Report of the Indian Hemp Drugs Commission, 1894-1895 - Volume I
Year: 1894
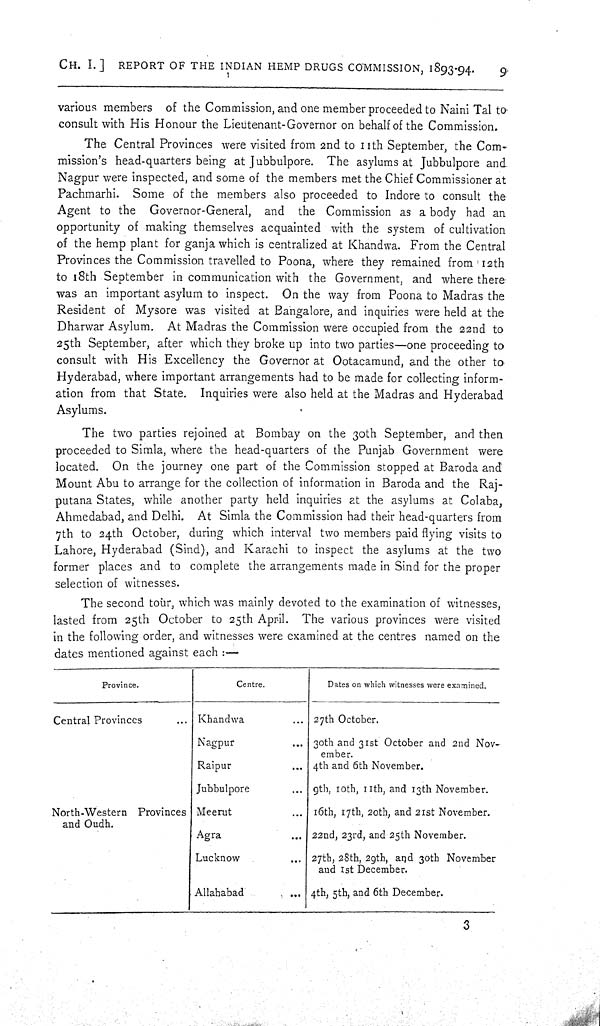
CH. I.]
REPORT OF THE INDIAN HEMP DRUGS COMMISSION, 1893-94.
9
various members of the Commission, and one member proceeded to Naini Tal to
consult with His Honour the Lieutenant-Governor on behalf of the Commission.
The Central Provinces were visited from 2nd to 11th September, the Com-
mission's head-quarters being at Jubbulpore. The asylums at Jubbulpore and
Nagpur were inspected, and some of the members met the Chief Commissioner at
Pachmarhi. Some of the members also proceeded to Indore to consult the
Agent to the Governor-General, and the Commission as a body had an
opportunity of making themselves acquainted with the system of cultivation
of the hemp plant for ganja which is centralized at Khandwa. From the Central
Provinces the Commission travelled to Poona, where they remained from 12th
to 18th September in communication with the Government, and where there
was an important asylum to inspect. On the way from Poona to Madras the
Resident of Mysore was visited at Bangalore, and inquiries were held at the
Dharwar Asylum. At Madras the Commission were occupied from the 22nd to
25th September, after which they broke up into two parties-one proceeding to
consult with His Excellency the Governor at Ootacamund, and the other to
Hyderabad, where important arrangements had to be made for collecting inform-
ation from that State. Inquiries were also held at the Madras and Hyderabad
Asylums.
The two parties rejoined at Bombay on the 30th September, and then
proceeded to Simla, where the head-quarters of the Punjab Government were
located. On the journey one part of the Commission stopped at Baroda and
Mount Abu to arrange for the collection of information in Baroda and the Raj-
putana States, while another party held inquiries at the asylums at Colaba,
Ahmedabad, and Delhi. At Simla the Commission had their head-quarters from
7th to 24th October, during which interval two members paid flying visits to
Lahore, Hyderabad (Sind), and Karachi to inspect the asylums at the two
former places and to complete the arrangements made in Sind for the proper
selection of witnesses.
The second tour, which was mainly devoted to the examination of witnesses,
lasted from 25th October to 25th April. The various provinces were visited
in the following order, and witnesses were examined at the centres named on the
dates mentioned against each:—
Province.
Centre.
Dates on which witnesses were examined.
Central Provinces
Khandwa
27th October.
Nagpur
30th and 31st October and 2nd Nov-
ember.
Raipur
4th and 6th November.
Jubbulpore
9th, 10th, 11th, and 13th November.
North-Western Provinces Meerut
16th, 17th, 20th, and 21st November.
and Oudh.
Agra
22nd, 23rd, and 25th November.
Lucknow
27th, 28th, 29th, and 30th November
and 1st December.
Allahabad
4th, 5th, and 6th December.
3